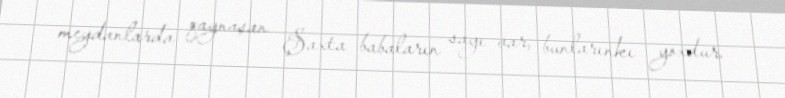
meydanlarda qaynaşan Şaxta babaların sayı var, bunlarınkı yoxdur.